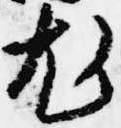
尤